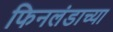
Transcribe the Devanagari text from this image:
फिनलंडाच्या